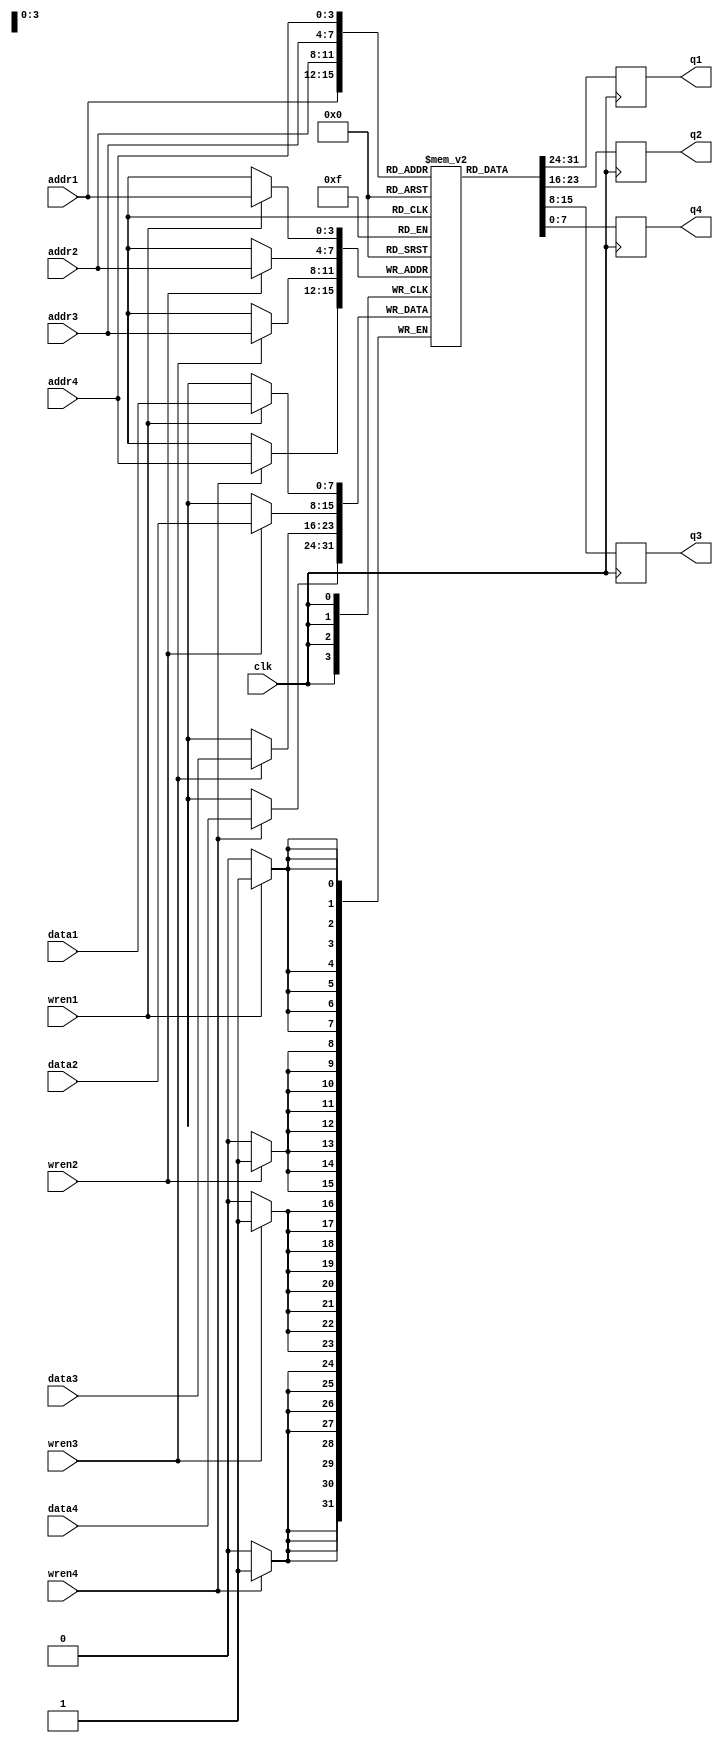
module RegisterFile(
    input wire clk,
    input wire [3:0] addr1,
    input wire [3:0] addr2,
    input wire [3:0] addr3,
    input wire [3:0] addr4,
    input wire [7:0] data1,
    input wire [7:0] data2,
    input wire [7:0] data3,
    input wire [7:0] data4,
    input wire wren1,
    input wire wren2,
    input wire wren3,
    input wire wren4,
    output reg [7:0] q1,
    output reg [7:0] q2,
    output reg [7:0] q3,
    output reg [7:0] q4
);

reg [7:0] mem [0:15];

always @(posedge clk) begin
    if(wren1)
        mem[addr1] <= data1;
    if(wren2)
        mem[addr2] <= data2;
    if(wren3)
        mem[addr3] <= data3;
    if(wren4)
        mem[addr4] <= data4;
    
    q1 <= mem[addr1];
    q2 <= mem[addr2];
    q3 <= mem[addr3];
    q4 <= mem[addr4];
end

endmodule